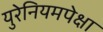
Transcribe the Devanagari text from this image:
युरेनियमपेक्षा